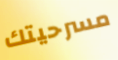
مسرحيتك